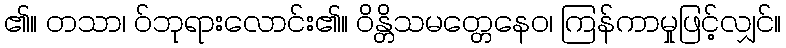
၏။ တသာ၊ ဝ်ဘုရားလောင်း၏။ ဝိန္တိသမတ္တေနေဝ၊ ကြန်ကာမှုဖြင့်လျှင်။